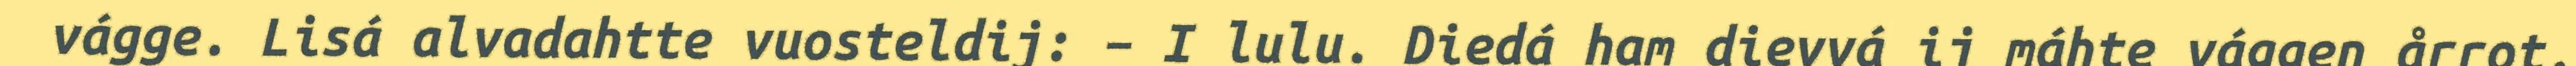
vágge. Lisá alvadahtte vuosteldij: – I lulu. Diedá ham dievvá ij máhte vággen årrot.